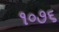
૧૦૭૬